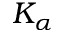
K _ { \alpha }